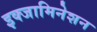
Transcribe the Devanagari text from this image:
इक्जामिनेशन